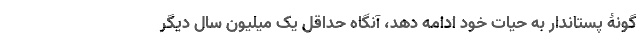
گونۀ پستاندار به حیات خود ادامه دهد، آنگاه حداقل یک میلیون سال دیگر